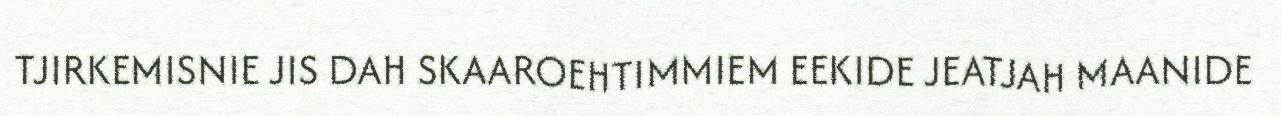
TJIRKEMISNIE JIS DAH SKAAROEHTIMMIEM EEKIDE JEATJAH MAANIDE